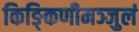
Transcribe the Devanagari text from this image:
किङ्किणीमञ्जुलं